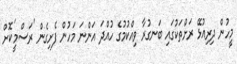
މީހުން ދިރިއުޅޭ ރަށްތަކުގައި ބަނގުރާ ވިއްކުމުގެ ހުއްދަ އަންނަ މަހުން ފެށިގެން 'ރަސްމީ'ކޮށް